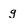
Character: g